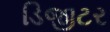
ડિજીટર